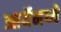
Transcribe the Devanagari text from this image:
आर्येमध्ये